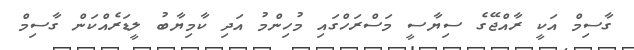
ގާސިމް އަކީ ރާއްޖޭގެ ސިޔާސީ މަސްރަހްގައި މުހިންމު އަދި ކާމިޔާބު ލީޑަރެއްކަން ގާސިމް